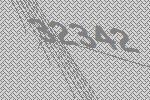
32342